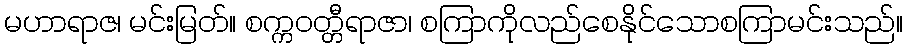
မဟာရာဇ၊ မင်းမြတ်။ စက္ကဝတ္တီရာဇာ၊ စကြာကိုလည်စေနိုင်သောစကြာမင်းသည်။